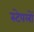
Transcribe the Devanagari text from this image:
स्टेपलों